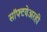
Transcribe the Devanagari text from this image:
सॉफ्टवेअरही